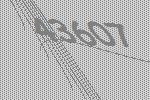
43607